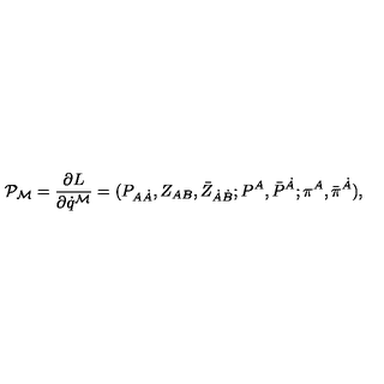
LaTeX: { \cal P } _ { { \cal M } } = { \frac { \partial L } { \partial \dot { q } ^ { { \cal M } } } } = ( P _ { A \dot { A } } , Z _ { A B } , \bar { Z } _ { \dot { A } \dot { B } } ; P ^ { A } , \bar { P } ^ { \dot { A } } ; \pi ^ { A } , \bar { \pi } ^ { \dot { A } } ) ,